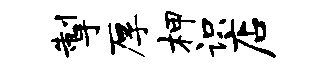
掣厚柙识店